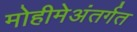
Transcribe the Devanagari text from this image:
मोहीमेअंतर्गत